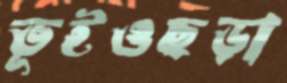
ভূইওছড়া